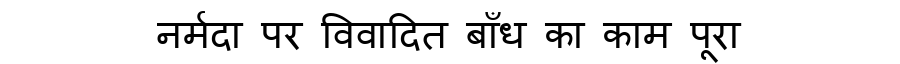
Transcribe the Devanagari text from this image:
नर्मदा पर विवादित बाँध का काम पूरा